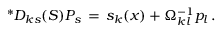
{ } ^ { \ast } D _ { k s } ( S ) P _ { s } \, = \, { s } _ { k } ( x ) + \Omega _ { k l } ^ { - 1 } p _ { l } \, .